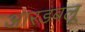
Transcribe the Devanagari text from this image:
आरडबलू